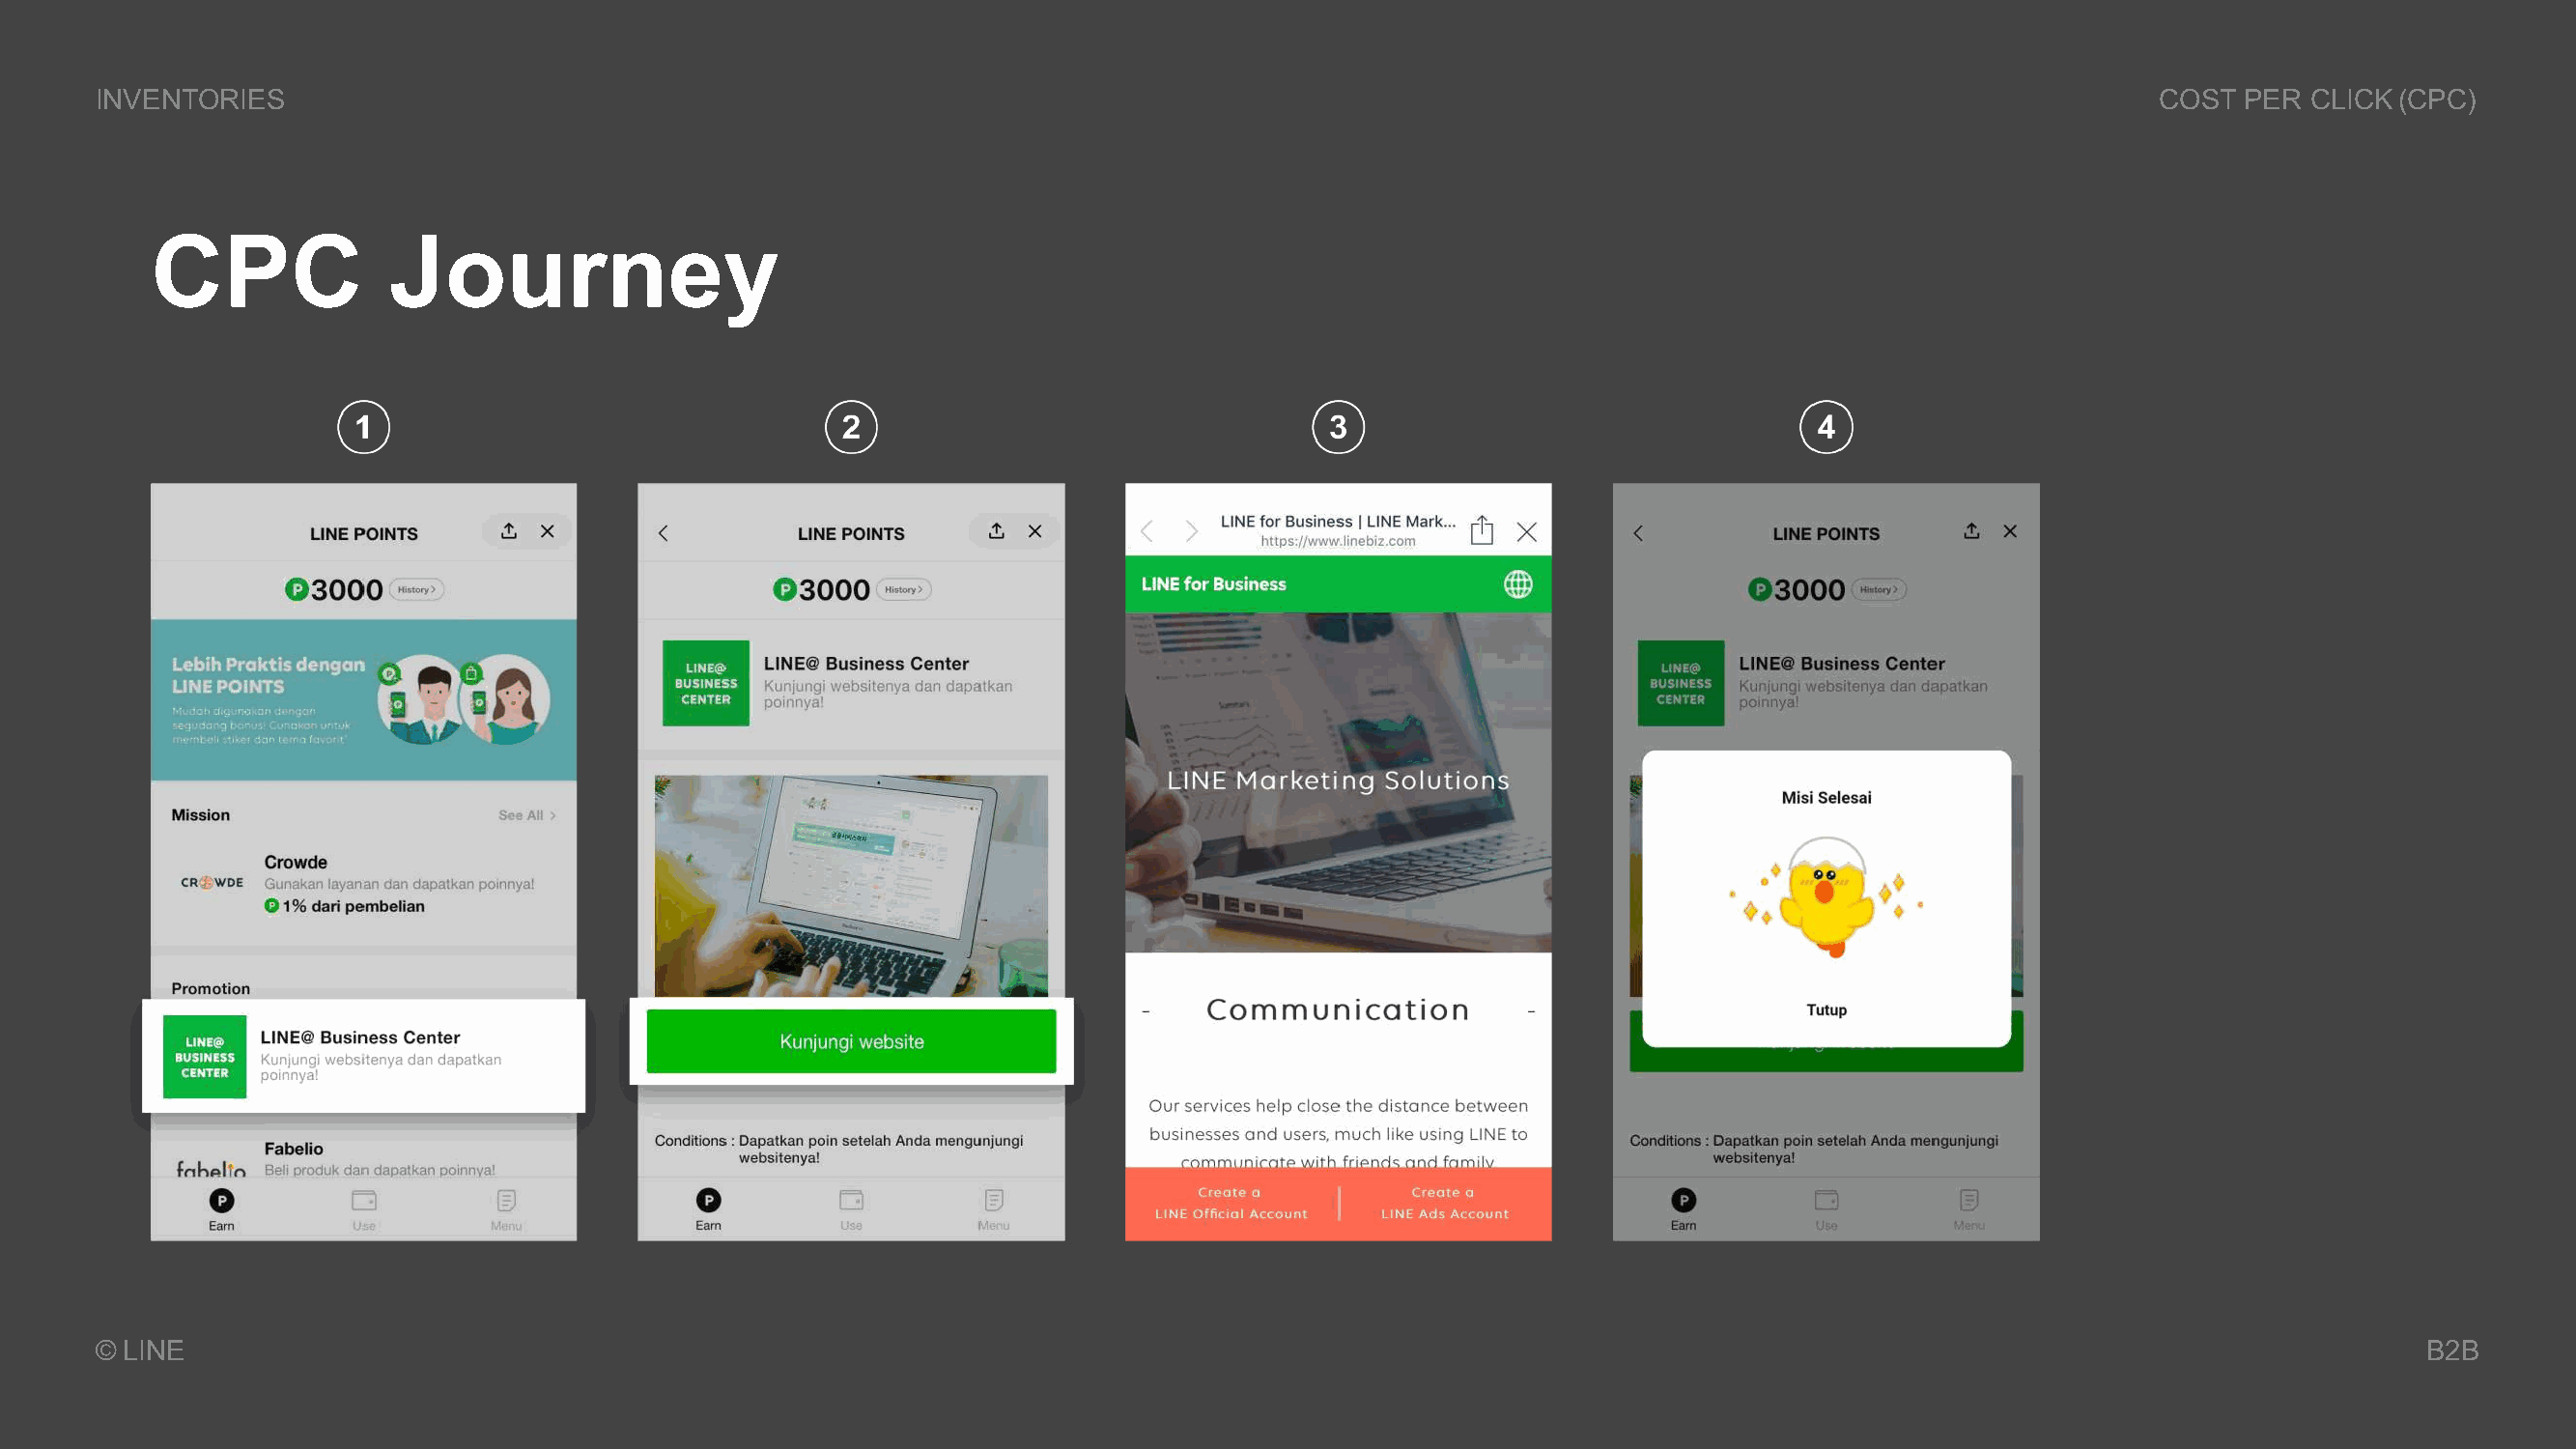
INVENTORIES                                                                                                                                  COST  PER CLICK(CPC)
 CPC              Journey
 © LINE                                                                                                                                                         B2B